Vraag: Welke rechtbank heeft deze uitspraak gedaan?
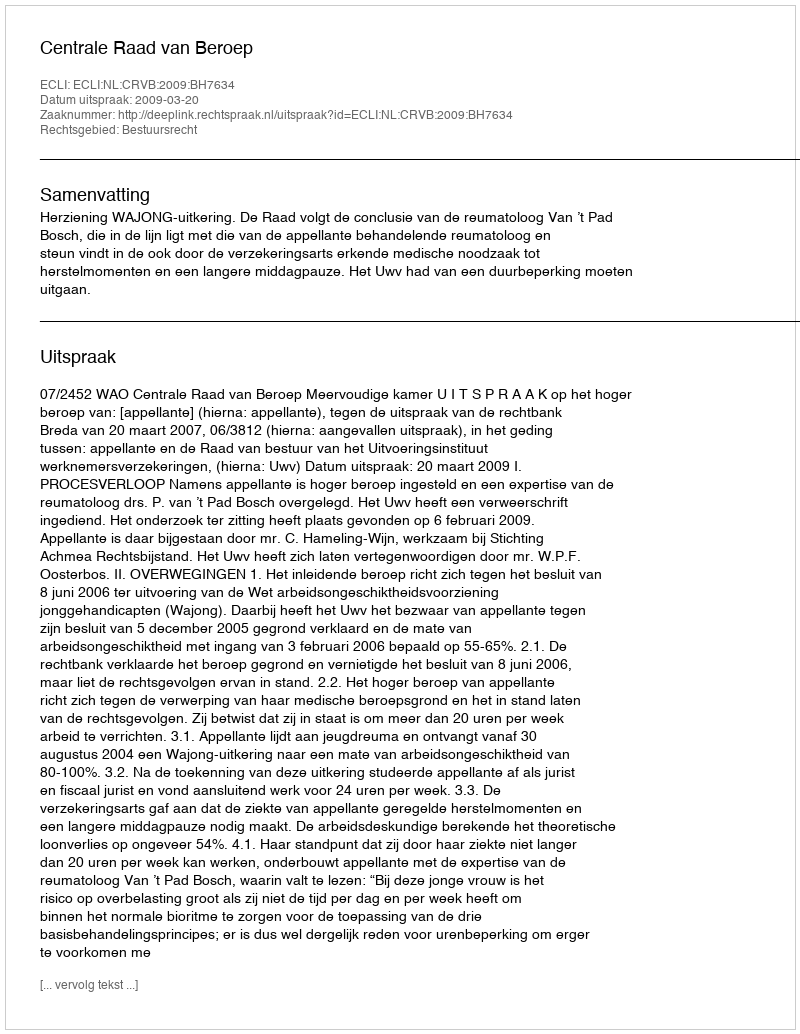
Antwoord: Centrale Raad van Beroep